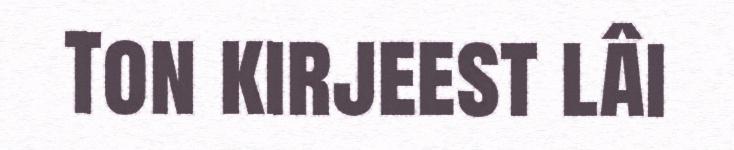
Ton kirjeest lâi